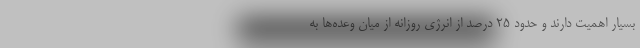
بسیار اهمیت دارند و حدود 25 درصد از انرژی روزانه از میان وعده‌ها به